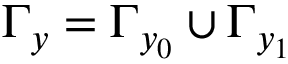
\Gamma _ { y } = \Gamma _ { y _ { 0 } } \cup \Gamma _ { y _ { 1 } }